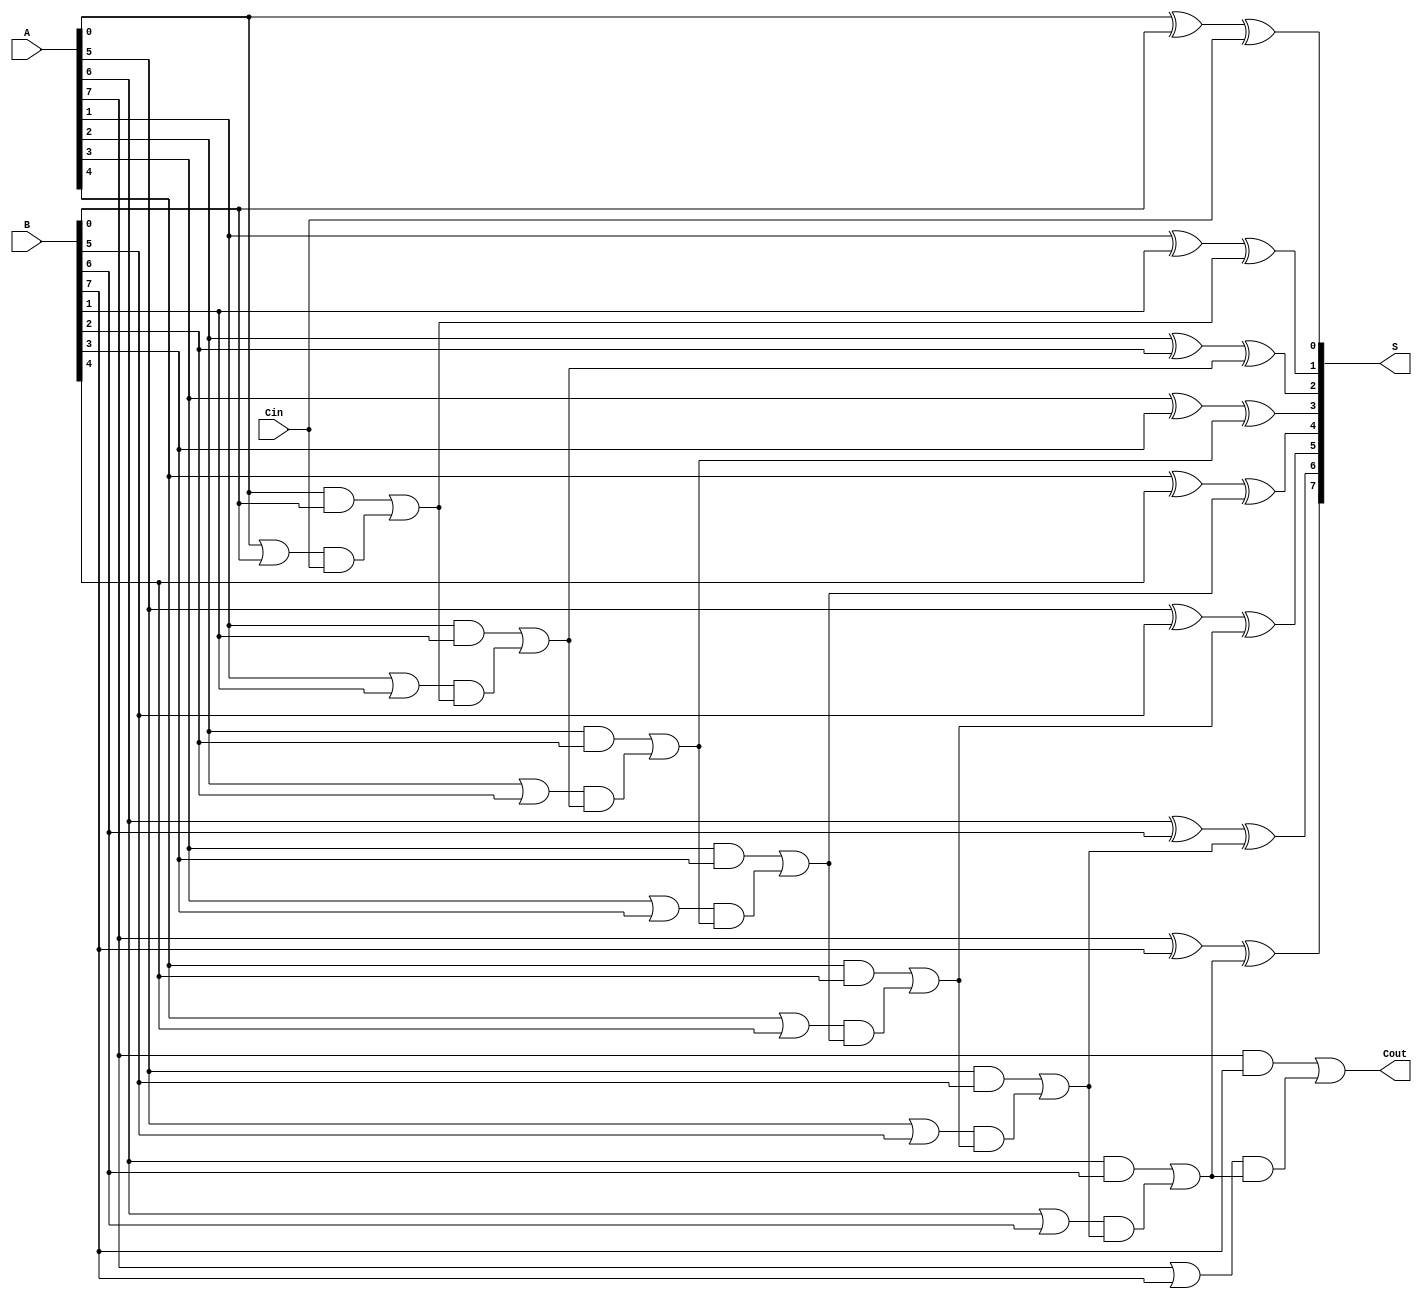
module manchester_carry_chain_adder #(parameter N = 8) (
    input wire [N-1:0] A,     // First n-bit input
    input wire [N-1:0] B,     // Second n-bit input
    input wire Cin,            // Carry-in
    output wire [N-1:0] S,     // Sum output
    output wire Cout           // Carry-out
);

    wire [N:0] C;             // Carry chain (N+1 bits to include carry out)
    wire [N-1:0] G;           // Generate
    wire [N-1:0] P;           // Propagate

    // Generate and Propagate Logic
    genvar i;
    generate
        for (i = 0; i < N; i = i + 1) begin : carry_logic
            assign G[i] = A[i] & B[i];      // Generate
            assign P[i] = A[i] | B[i];      // Propagate
        end
    endgenerate

    // Carry Chain Logic
    assign C[0] = Cin;                          // Initial carry input
    generate
        for (i = 0; i < N; i = i + 1) begin : carry_chain
            assign C[i+1] = G[i] | (P[i] & C[i]); // Carry-out for each bit
        end
    endgenerate

    // Sum Calculation
    generate
        for (i = 0; i < N; i = i + 1) begin : sum_logic
            assign S[i] = A[i] ^ B[i] ^ C[i]; // Sum
        end
    endgenerate

    assign Cout = C[N]; // Final Carry Out

endmodule